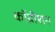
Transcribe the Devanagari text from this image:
कॉग्नीशन